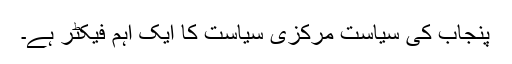
پنجاب کی سیاست مرکزی سیاست کا ایک اہم فیکٹر ہے۔